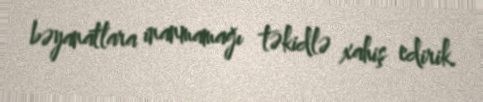
bəyanatlara inanmamağı təkidlə xahiş edirik.